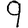
Digit: 9